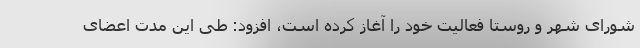
شورای شهر و روستا فعالیت خود را آغاز کرده است، افزود: طی این مدت اعضای